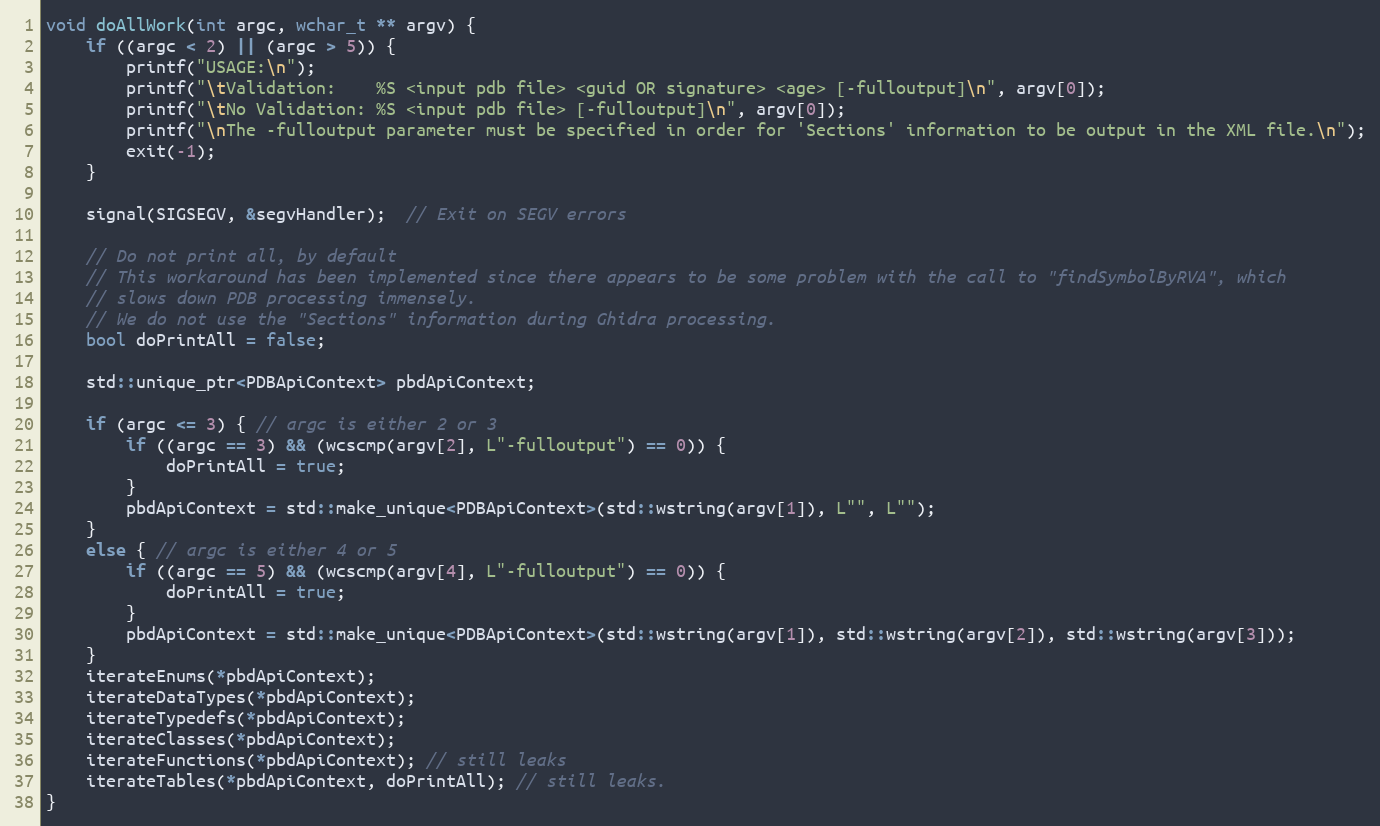
Language: C++
void doAllWork(int argc, wchar_t ** argv) {
	if ((argc < 2) || (argc > 5)) {
		printf("USAGE:\n");
		printf("\tValidation:    %S <input pdb file> <guid OR signature> <age> [-fulloutput]\n", argv[0]);
		printf("\tNo Validation: %S <input pdb file> [-fulloutput]\n", argv[0]);
		printf("\nThe -fulloutput parameter must be specified in order for 'Sections' information to be output in the XML file.\n");
		exit(-1);
	}

	signal(SIGSEGV, &segvHandler);  // Exit on SEGV errors

	// Do not print all, by default
	// This workaround has been implemented since there appears to be some problem with the call to "findSymbolByRVA", which
	// slows down PDB processing immensely.
	// We do not use the "Sections" information during Ghidra processing.
	bool doPrintAll = false;

	std::unique_ptr<PDBApiContext> pbdApiContext;

	if (argc <= 3) { // argc is either 2 or 3
		if ((argc == 3) && (wcscmp(argv[2], L"-fulloutput") == 0)) {
			doPrintAll = true;
		}
		pbdApiContext = std::make_unique<PDBApiContext>(std::wstring(argv[1]), L"", L"");
	}
	else { // argc is either 4 or 5
		if ((argc == 5) && (wcscmp(argv[4], L"-fulloutput") == 0)) {
			doPrintAll = true;
		}
		pbdApiContext = std::make_unique<PDBApiContext>(std::wstring(argv[1]), std::wstring(argv[2]), std::wstring(argv[3]));
	}
	iterateEnums(*pbdApiContext);
	iterateDataTypes(*pbdApiContext);
	iterateTypedefs(*pbdApiContext);
	iterateClasses(*pbdApiContext);
	iterateFunctions(*pbdApiContext); // still leaks
	iterateTables(*pbdApiContext, doPrintAll); // still leaks.
}